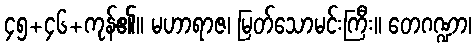
၄၅+၄၆+ကုန်၏။ မဟာရာဇ၊ မြတ်သောမင်းကြီး။ တေဂဏ္ဍာ၊